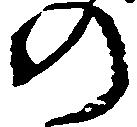
の